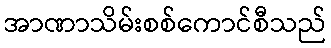
အာဏာသိမ်းစစ်ကောင်စီသည်